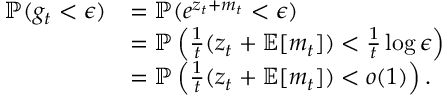
\begin{array} { r l } { \mathbb { P } ( g _ { t } < \epsilon ) } & { = \mathbb { P } ( e ^ { z _ { t } + m _ { t } } < \epsilon ) } \\ & { = \mathbb { P } \left( \frac { 1 } { { t } } ( z _ { t } + \mathbb { E } [ m _ { t } ] ) < \frac { 1 } { { t } } \log \epsilon \right) } \\ & { = \mathbb { P } \left( \frac { 1 } { { t } } ( z _ { t } + \mathbb { E } [ m _ { t } ] ) < o ( 1 ) \right) . } \end{array}